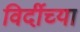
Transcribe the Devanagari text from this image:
विर्दीच्या